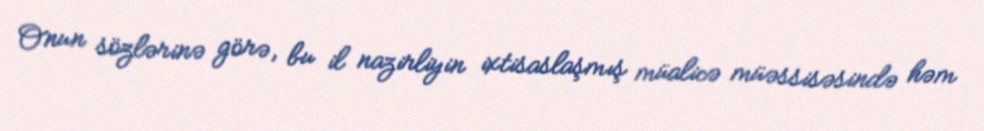
Onun sözlərinə görə, bu il nazirliyin ixtisaslaşmış müalicə müəssisəsində həm